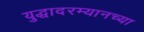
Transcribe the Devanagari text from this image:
युद्धादरम्यानच्या